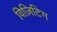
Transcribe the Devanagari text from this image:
विज़िटिग